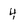
Character: 4